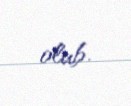
olub.